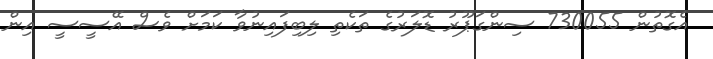
އެގޮތުން 730055 ސިންގަޕޫރު ޑޮލަރުގެ ތަކެތި ލިބިފައިނުވާ ކަމަށް ވެސް އޭސީސީ އިން